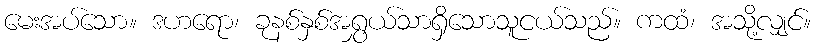
မေးအပ်သော။ ဒဟရော၊ ခုနစ်နှစ်အရွှယ်သာရှိသောသူငယ်သည်။ ကထံ၊ အသို့လျှင်။